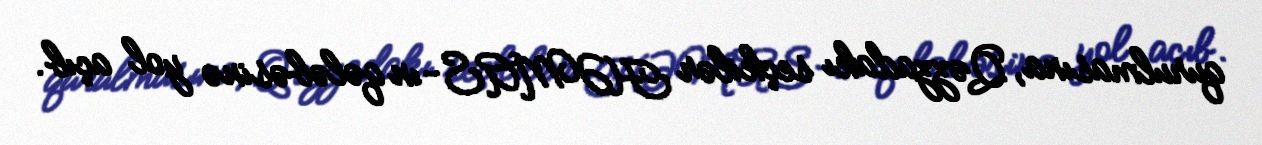
qurulmasına, Qəzzadakı seçkilər HƏMAS-ın qələbəsinə yol açıb.